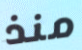
منذ